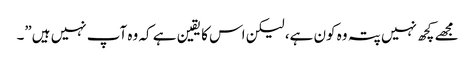
مجھے کچھ نہیں پتہ وہ کون ہے، لیکن اس کا یقین ہے کہ وہ آپ نہیں ہیں”۔